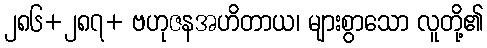
၂၈၆+၂၈၇+ ဗဟုဇနအဟိတာယ၊ များစွာသော လူတို့၏